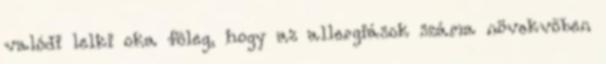
valódi lelki oka fõleg, hogy az allergiások száma növekvõben